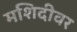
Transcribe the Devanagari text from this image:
मशिदीवर